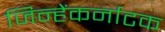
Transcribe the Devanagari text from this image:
जिन्हेंकर्नाटक